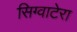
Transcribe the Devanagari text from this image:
सिग्वाटेरा